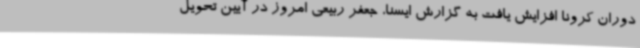
دوران کرونا افزایش یافت به گزارش ایسنا، جعفر ربیعی امروز در آیین تحویل